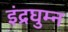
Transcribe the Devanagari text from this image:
इंद्रघुम्न